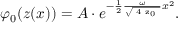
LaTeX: \varphi _ { 0 } ( z ( x ) ) = A \cdot e ^ { - \frac 1 2 \frac { \omega } { \sqrt { \mathrm { \scriptsize ~ 4 ~ z _ { 0 } ~ } } } x ^ { 2 } } .